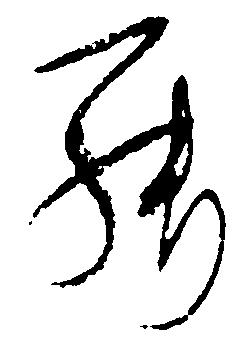
罷